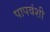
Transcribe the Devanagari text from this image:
पापवंशी